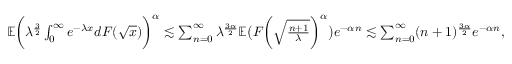
\begin{array} { r } { \mathbb { E } \biggl ( \lambda ^ { \frac { 3 } { 2 } } \int _ { 0 } ^ { \infty } e ^ { - \lambda x } d F ( \sqrt { x } ) \biggr ) ^ { \alpha } \lesssim \sum _ { n = 0 } ^ { \infty } \lambda ^ { \frac { 3 \alpha } { 2 } } \mathbb { E } \bigl ( F \biggl ( \sqrt { \frac { n + 1 } { \lambda } } \biggr ) ^ { \alpha } \bigr ) e ^ { - \alpha n } \lesssim \sum _ { n = 0 } ^ { \infty } ( n + 1 ) ^ { \frac { 3 \alpha } { 2 } } e ^ { - \alpha n } , } \end{array}